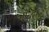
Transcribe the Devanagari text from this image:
६८५०५